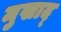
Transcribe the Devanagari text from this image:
मुखाद्